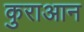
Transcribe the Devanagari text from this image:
कुराआन